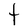
Character: t